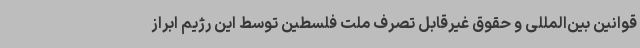
قوانین بین‌المللی و حقوق غیرقابل تصرف ملت فلسطین توسط این رژیم ابراز